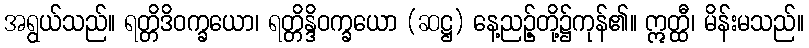
အရွယ်သည်။ ရတ္တိဒိဝက္ခယော၊ ရတ္တိန္ဒိဝက္ခယော (ဆဋ္ဌ) နေ့ညဉ့်တို့၌ကုန်၏။ ဣတ္ထီ၊ မိန်းမသည်။